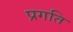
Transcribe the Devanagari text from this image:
प्रगति